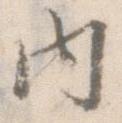
内